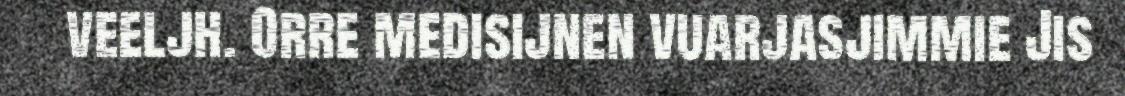
veeljh. Orre medisijnen vuarjasjimmie Jis